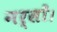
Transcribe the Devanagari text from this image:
नर्सों।